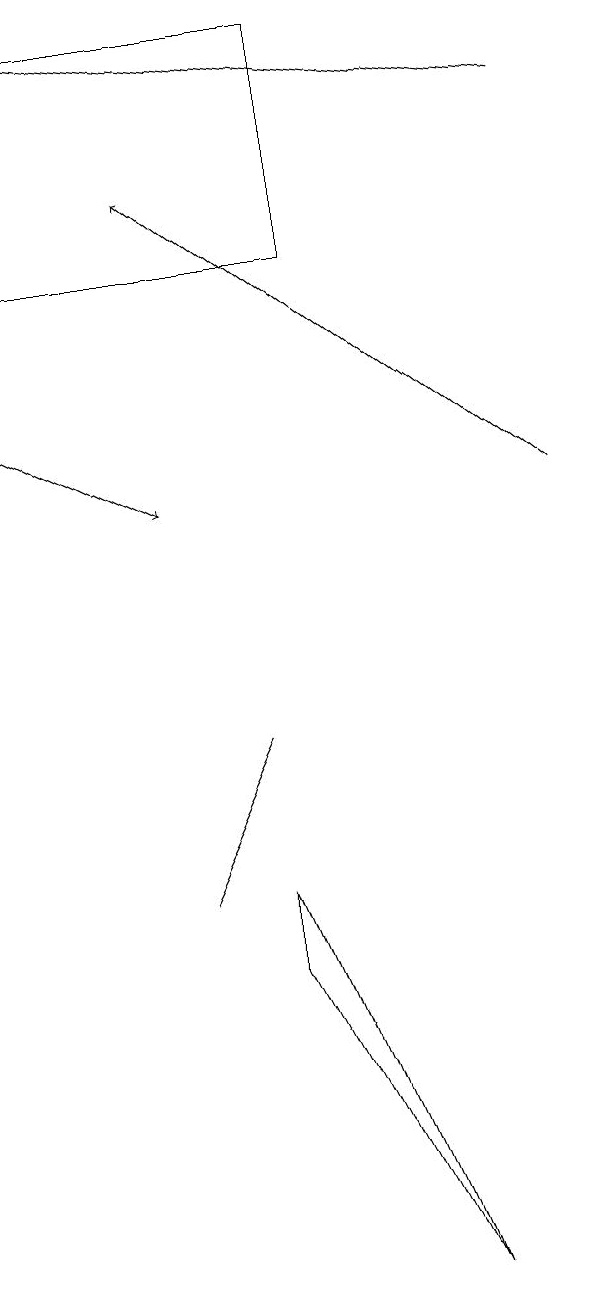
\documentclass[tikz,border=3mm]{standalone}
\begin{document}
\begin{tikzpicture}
\draw[->] (8,17) -- (1,18);
\draw[->] (8,12) -- (3,16);
\draw[->] (1,13) -- (3,12);
\draw (4,7) -- (6,2) -- (4,6) -- cycle;
\draw (3,7) -- (4,9) -- (3,7) -- cycle;
\draw (5,18) rectangle (1,15);
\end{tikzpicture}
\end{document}